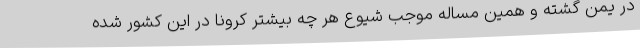
در یمن گشته و همین مساله موجب شیوع هر چه بیشتر کرونا در این کشور شده